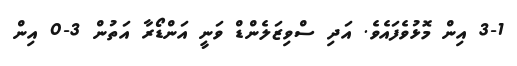
3-1 އިން މޮޅުވެފައެވެ. އަދި ސްވިޒަލެންޑް ވަނީ އަންޑޯރާ އަތުން 3-0 އިން